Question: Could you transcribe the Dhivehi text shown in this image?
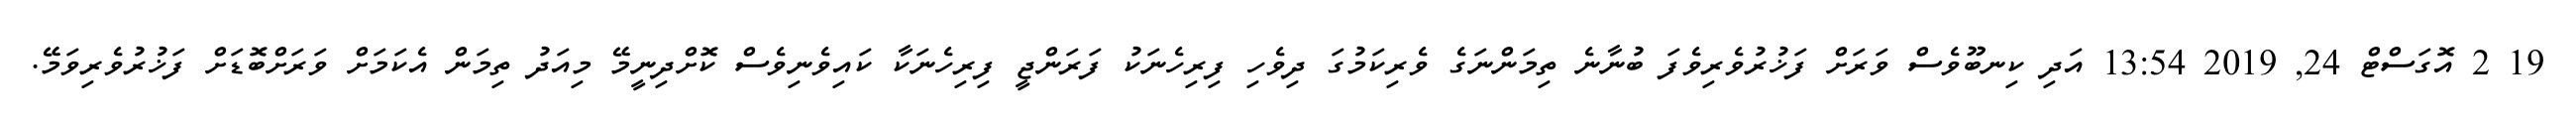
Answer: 19 2 އޮގަސްޓް 24, 2019 13:54 އަދި ކިނބޫވެސް ވަރަށް ފަޚުރުވެރިވެފަ ބުނާނެ ތިމަންނަގެ ވެރިކަމުގަ ދިވެހި ފިރިހެނަކު ފަރަންޖީ ފިރިހެނަކާ ކައިވެނިވެސް ކޮށްދިނީމޭ މިއަދު ތިމަން އެކަމަށް ވަރަށްބޮޑަށް ފަޚުރުވެރިވަމޭ.